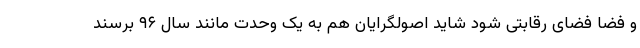
و فضا فضای رقابتی شود شاید اصولگرایان هم به یک وحدت مانند سال ۹۶ برسند